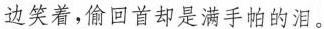
边笑着，偷回首却是满手帕的泪。